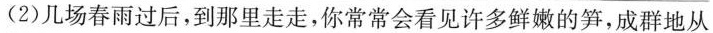
(2)几场春雨过后，到那里走走，你常常会看见许多鲜嫩的笋，成群地从